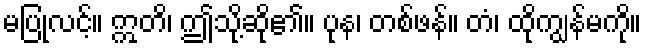
မပြုလင့်။ ဣတိ၊ ဤသို့ဆို၏။ ပုန၊ တစ်ဖန်။ တံ၊ ထိုကျွန်မကို။